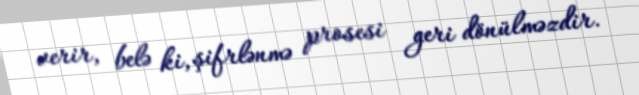
verir, belə ki, şifrlənmə prosesi geri dönülməzdir.